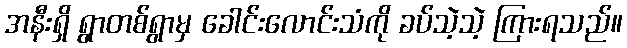
အနီးရှိ ရွာတစ်ရွာမှ ခေါင်းလောင်းသံကို ခပ်သဲ့သဲ့ ကြားရသည်။